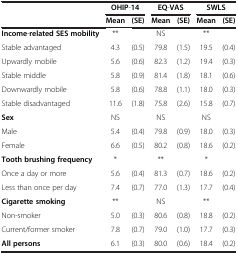
<table><thead><tr><td><b> </b></td><td colspan="2"><b>OHIP-14</b></td><td colspan="2"><b>EQ-VAS</b></td><td colspan="2"><b>SWLS</b></td></tr><tr><td><b> </b></td><td><b>Mean</b></td><td><b>(SE)</b></td><td><b>Mean</b></td><td><b>(SE)</b></td><td><b>Mean</b></td><td><b>(SE)</b></td></tr></thead><tbody><tr><td><b>Income</b>-<b>related SES mobility</b></td><td>**</td><td> </td><td>NS</td><td> </td><td>**</td><td> </td></tr><tr><td>Stable advantaged</td><td>4.3</td><td>(0.5)</td><td>79.8</td><td>(1.5)</td><td>19.5</td><td>(0.4)</td></tr><tr><td>Upwardly mobile</td><td>5.6</td><td>(0.6)</td><td>82.3</td><td>(1.2)</td><td>19.4</td><td>(0.3)</td></tr><tr><td>Stable middle</td><td>5.8</td><td>(0.9)</td><td>81.4</td><td>(1.8)</td><td>18.1</td><td>(0.6)</td></tr><tr><td>Downwardly mobile</td><td>5.8</td><td>(0.6)</td><td>78.8</td><td>(1.1)</td><td>18.0</td><td>(0.3)</td></tr><tr><td>Stable disadvantaged</td><td>11.6</td><td>(1.8)</td><td>75.8</td><td>(2.6)</td><td>15.8</td><td>(0.7)</td></tr><tr><td><b>Sex</b></td><td>NS</td><td> </td><td>NS</td><td> </td><td>NS</td><td> </td></tr><tr><td>Male</td><td>5.4</td><td>(0.4)</td><td>79.8</td><td>(0.9)</td><td>18.0</td><td>(0.3)</td></tr><tr><td>Female</td><td>6.6</td><td>(0.5)</td><td>80.2</td><td>(0.8)</td><td>18.6</td><td>(0.2)</td></tr><tr><td><b>Tooth brushing frequency</b></td><td>*</td><td> </td><td>**</td><td> </td><td>*</td><td> </td></tr><tr><td>Once a day or more</td><td>5.6</td><td>(0.4)</td><td>81.3</td><td>(0.7)</td><td>18.6</td><td>(0.2)</td></tr><tr><td>Less than once per day</td><td>7.4</td><td>(0.7)</td><td>77.0</td><td>(1.3)</td><td>17.7</td><td>(0.4)</td></tr><tr><td><b>Cigarette smoking</b></td><td>**</td><td> </td><td>NS</td><td> </td><td>**</td><td> </td></tr><tr><td>Non-smoker</td><td>5.0</td><td>(0.3)</td><td>80.6</td><td>(0.8)</td><td>18.8</td><td>(0.2)</td></tr><tr><td>Current/former smoker</td><td>7.8</td><td>(0.7)</td><td>79.0</td><td>(1.0)</td><td>17.7</td><td>(0.3)</td></tr><tr><td><b>All persons</b></td><td>6.1</td><td>(0.3)</td><td>80.0</td><td>(0.6)</td><td>18.4</td><td>(0.2)</td></tr></tbody></table>